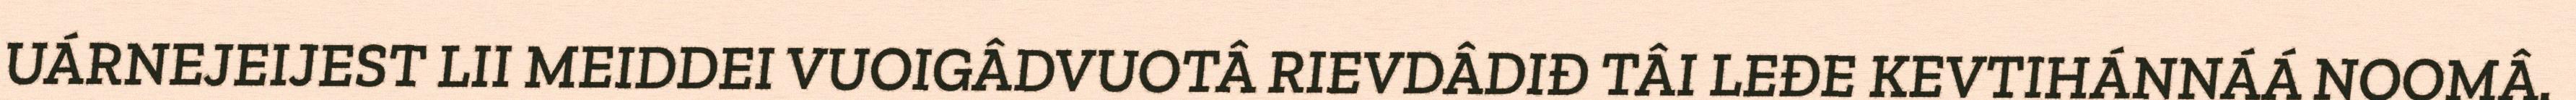
UÁRNEJEIJEST LII MEIDDEI VUOIGÂDVUOTÂ RIEVDÂDIĐ TÂI LEĐE KEVTIHÁNNÁÁ NOOMÂ.